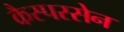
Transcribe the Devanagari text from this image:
कैस्परसेन